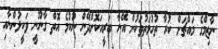
ނާޒިމްގެ މައްޗަށް ކުރާ ތުހުމަތުތަކުން އޭނާ ބަރީއަކޮށްދޭން ނުކުމެ އޮތް ގާނޫނީ ވަކީލުންނާއި